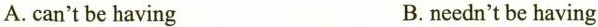
A. can't be having B. needn't be having